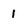
Character: 1